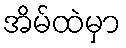
အိမ်ထဲမှာ